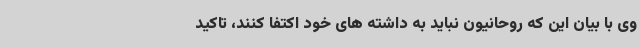
وی با بیان این که روحانیون نباید به داشته های خود اکتفا کنند، تاکید